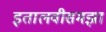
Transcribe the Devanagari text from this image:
इतालवीसमझा